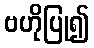
ဗဟိုပြု၍